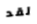
لقد